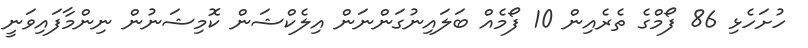
ހުށަހެޅި 86 ފޯމްގެ ތެރެއިން 10 ފޯމެއް ބަލައިނުގަންނަން އިލެކްޝަން ކޮމިޝަނުން ނިންމާފައިވަނީ